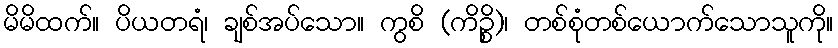
မိမိထက်။ ပိယတရံ၊ ချစ်အပ်သော။ ကွစိ (ကိဉ္စိ)၊ တစ်စုံတစ်ယောက်သောသူကို။